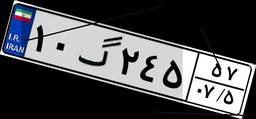
۲۴گ۴۸۴۸۹